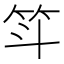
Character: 𫁵